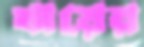
খায়ের